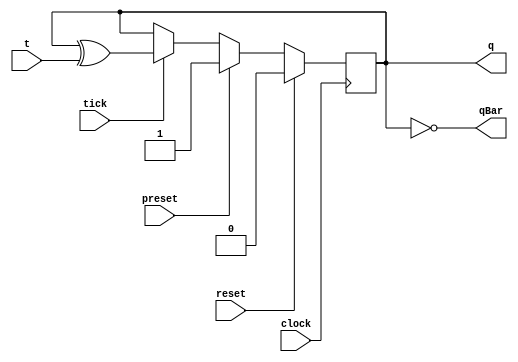
/******************************************************************************
 ** Logisim-evolution goes FPGA automatic generated Verilog code             **
 ** https://github.com/logisim-evolution/                                    **
 **                                                                          **
 ** Component : T_FLIPFLOP                                                   **
 **                                                                          **
 *****************************************************************************/

module T_FLIPFLOP( clock,
                   preset,
                   q,
                   qBar,
                   reset,
                   t,
                   tick );

   /*******************************************************************************
   ** Here all module parameters are defined with a dummy value                  **
   *******************************************************************************/
   parameter invertClockEnable = 1;

   /*******************************************************************************
   ** The inputs are defined here                                                **
   *******************************************************************************/
   input clock;
   input preset;
   input reset;
   input t;
   input tick;

   /*******************************************************************************
   ** The outputs are defined here                                               **
   *******************************************************************************/
   output q;
   output qBar;

   /*******************************************************************************
   ** The wires are defined here                                                 **
   *******************************************************************************/
   wire s_clock;
   wire s_nextState;

   /*******************************************************************************
   ** The registers are defined here                                             **
   *******************************************************************************/
   reg s_currentState;

   /*******************************************************************************
   ** The module functionality is described here                                 **
   *******************************************************************************/

   /*******************************************************************************
   ** Here the output signals are defined                                        **
   *******************************************************************************/
   assign q        = s_currentState;
   assign qBar     = ~(s_currentState);
   assign s_clock  = (invertClockEnable == 0) ? clock : ~clock;

   /*******************************************************************************
   ** Here the initial register value is defined; for simulation only            **
   *******************************************************************************/
   initial
   begin
      s_currentState = 0;
   end

   /*******************************************************************************
   ** Here the update logic is defined                                           **
   *******************************************************************************/
   assign s_nextState = s_currentState^t;

   /*******************************************************************************
   ** Here the actual state register is defined                                  **
   *******************************************************************************/
   //always @(posedge reset or posedge preset or posedge s_clock) //Vivado doesnt like ASYNC RESET )
   always @(posedge s_clock) //Vivado doesnt like ASYNC RESET )
   begin      
      if (reset) s_currentState <= 1'b0;       // priority to re-set
      else if (preset) s_currentState <= 1'b1;  
      else if (tick) s_currentState <= s_nextState;
   end

endmodule